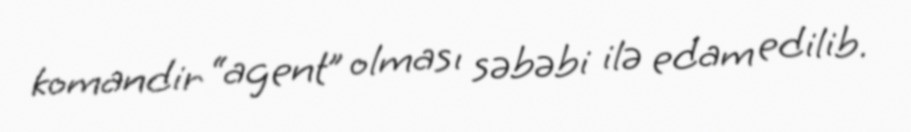
komandir “agent” olması səbəbi ilə edam edilib.